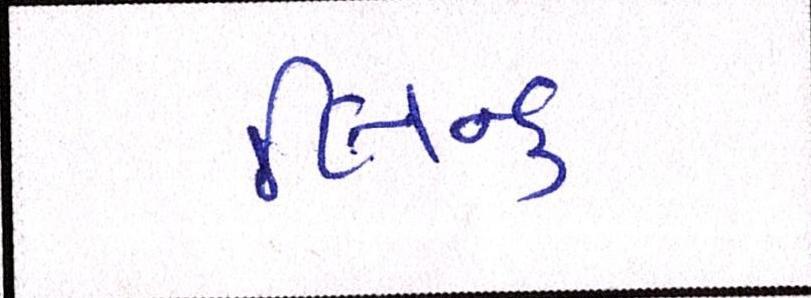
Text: લિન્ક